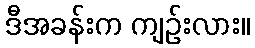
ဒီအခန်းက ကျဉ်းလား။